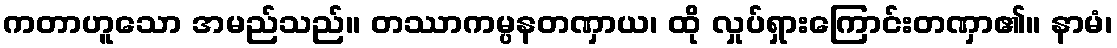
ကတာဟူသော အမည်သည်။ တဿာကမ္ပနတဏှာယ၊ ထို လှုပ်ရှားကြောင်းတဏှာ၏။ နာမံ၊